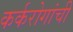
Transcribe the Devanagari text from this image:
कर्करोगांची